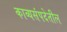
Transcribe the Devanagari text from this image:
काव्यसंपदेतील